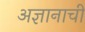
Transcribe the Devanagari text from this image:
अज्ञानाची